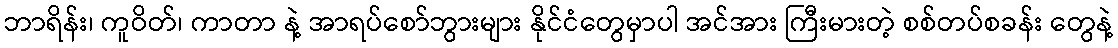
ဘာရိန်း၊ ကူဝိတ်၊ ကာတာ နဲ့ အာရပ်စော်ဘွားများ နိုင်ငံတွေမှာပါ အင်အား ကြီးမားတဲ့ စစ်တပ်စခန်း တွေနဲ့